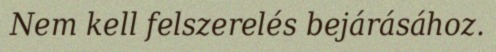
Nem kell felszerelés bejárásához.